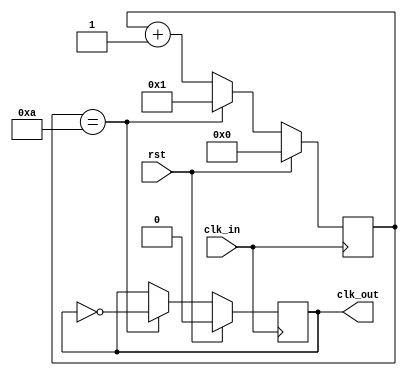
`timescale 1ns/1ps
module divider
#(parameter mod = 32'd20)//
(
    input clk_in,//
    input rst,//
    output reg clk_out//
);
    localparam T = mod / 2;
    reg [31:0] cnt = 0;
    initial
    begin
        clk_out <= 0;
    end
    always @(posedge clk_in)
    begin
        if(rst == 1)
        begin
            cnt <= 0;
            clk_out <= 0;
        end
        else
        begin
            if(cnt == T)
            begin
                cnt <= 1;
                clk_out <= ~clk_out;
            end
            else
                cnt <= cnt + 1;
        end
    end
endmodule